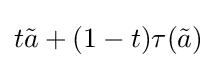
t{\tilde {a}}+(1-t)\tau ({\tilde {a}})